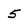
Character: 5